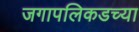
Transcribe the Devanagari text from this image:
जगापलिकडच्या